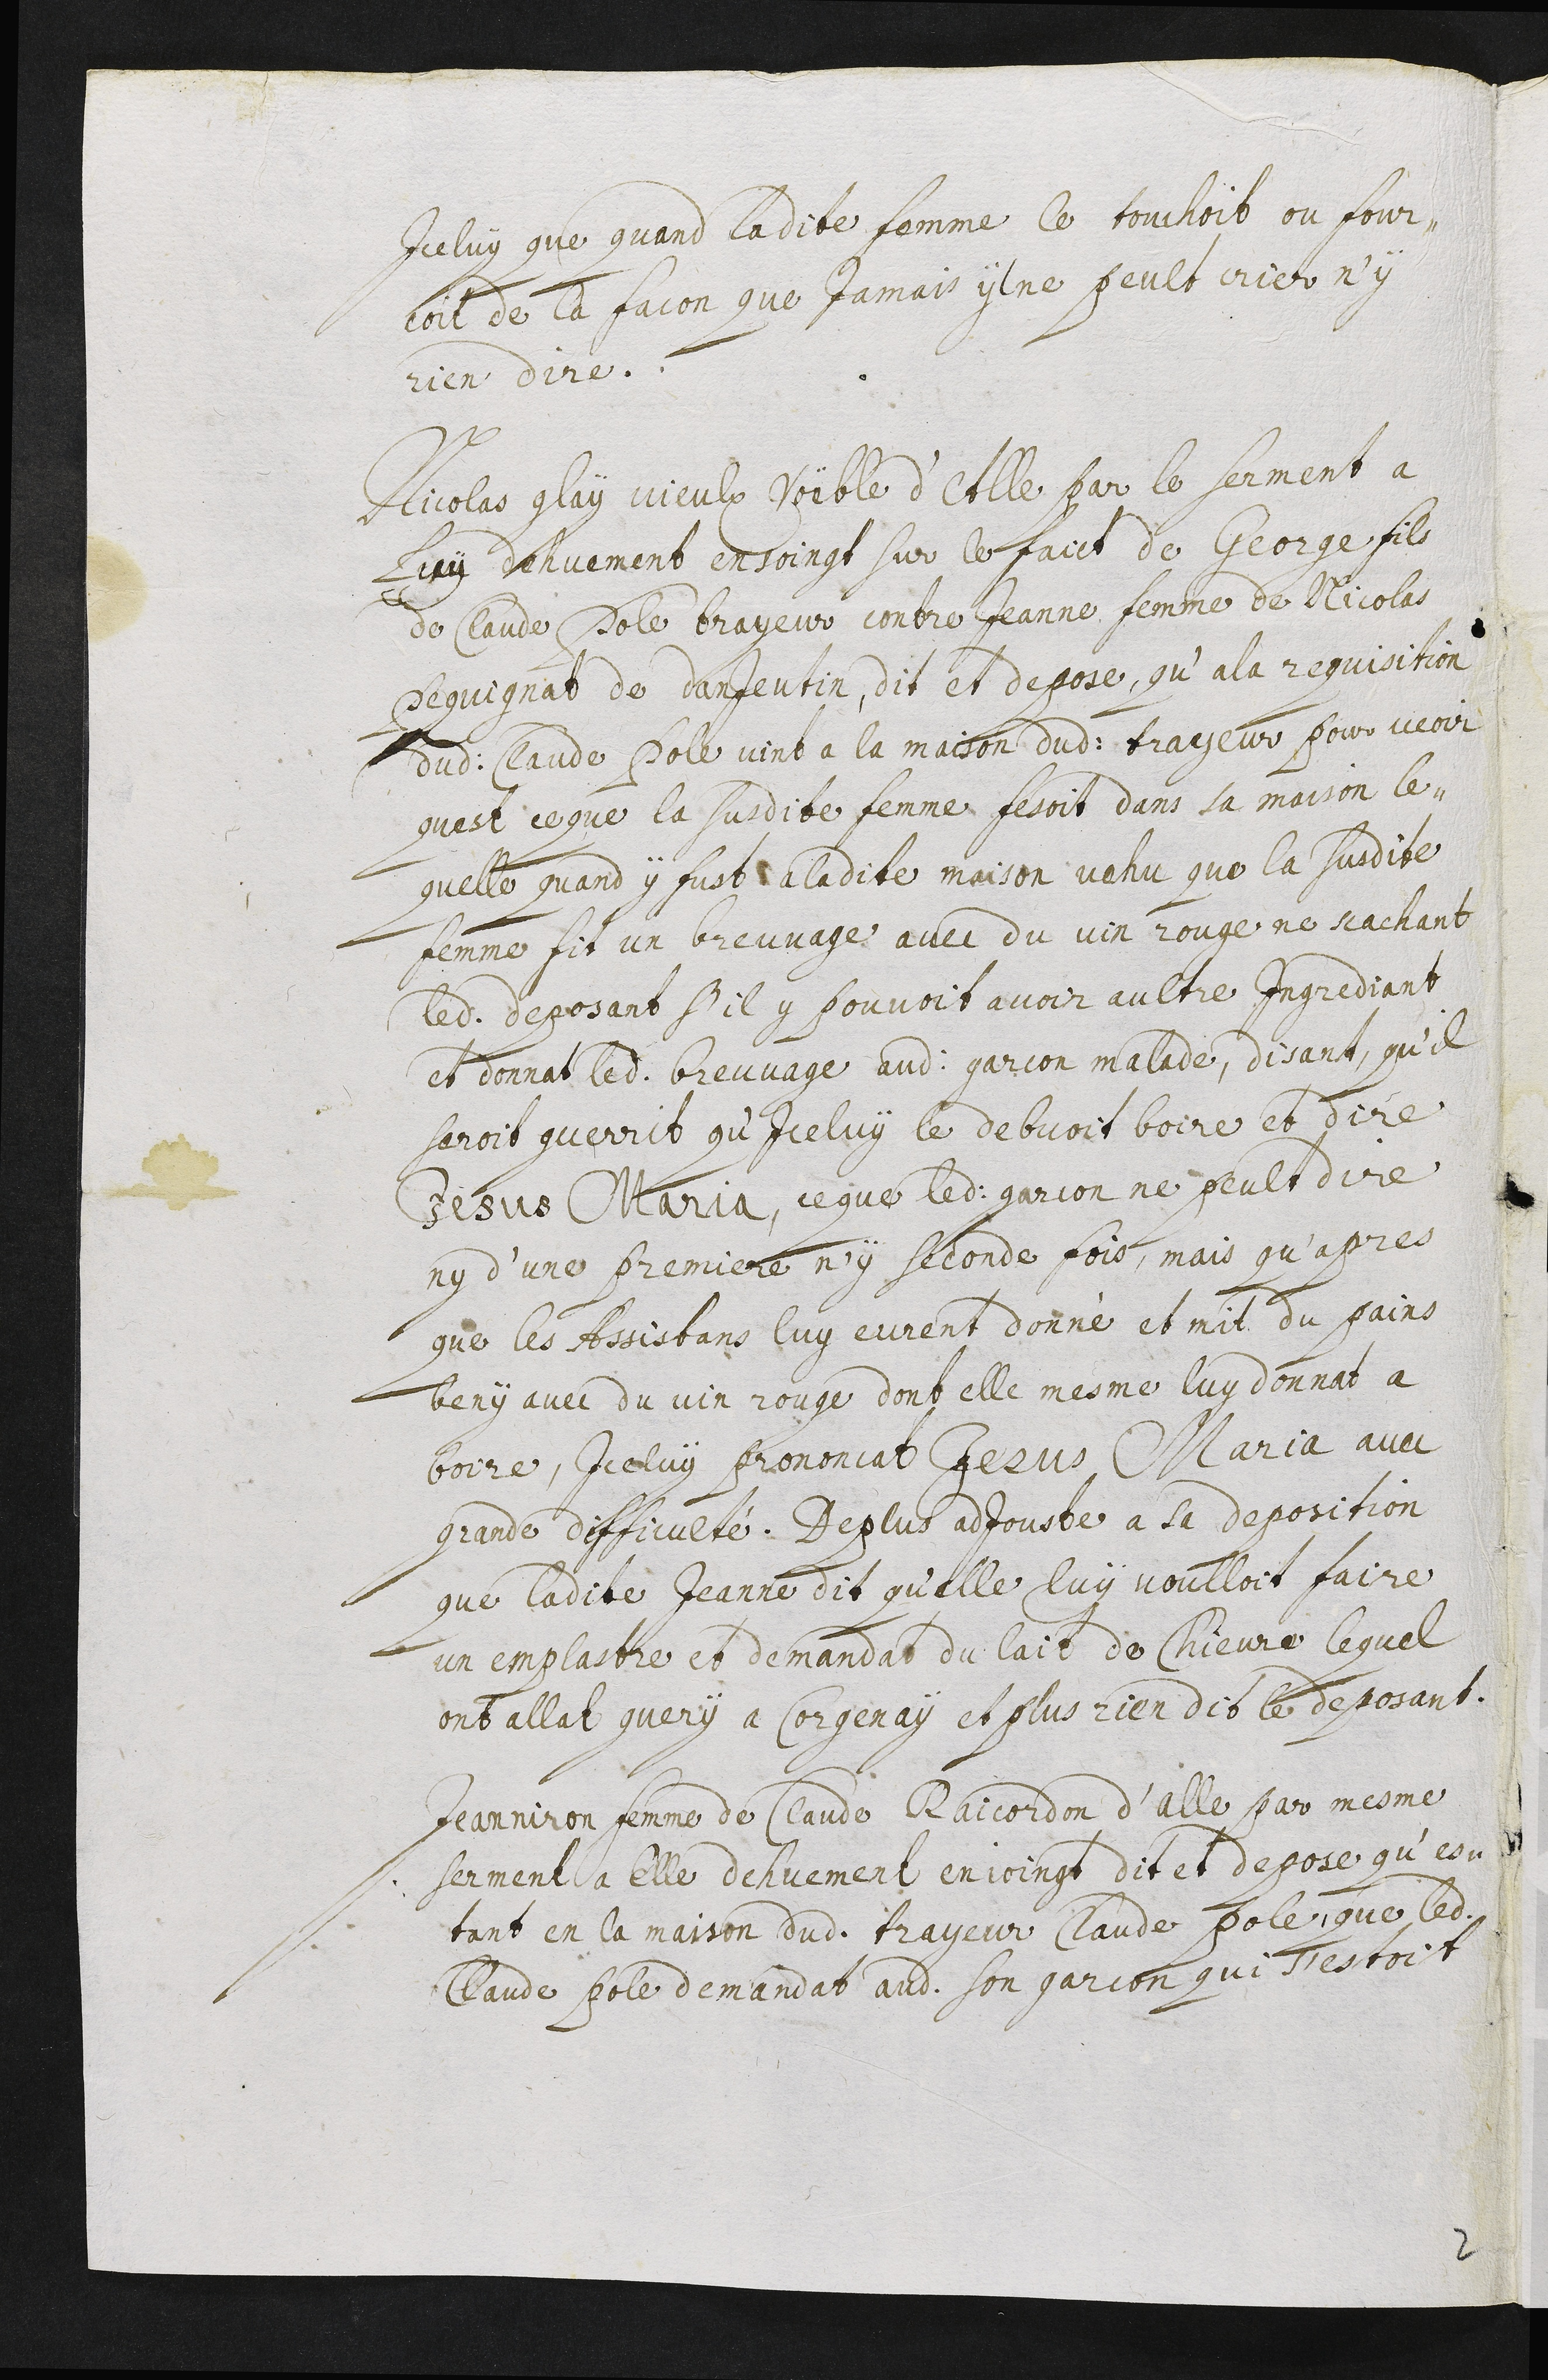
Iceluy que quand ladite femme le touchoit ou four-
coit de la facon que jamais yl ne peult crier n’y
rien dire.
Nicolas Glay vieulx voëble d’Alle par le serment a
luy dehuemet ensoingt sur le faict de George fils
de Claude Pole trayeur contre Jeanne femme de Nicolas
Pequignat de Danjeutin, dit et depose, qu’a la requisition
dudit Claude Pole vint a la maison dudit trayeur pour veoir
qu’est ce que la susdite femme fesoit dans la maison le-
quelle quand y fust a ladite maison vehu que la susdite
femme fit un breuvage avec du vin rouge ne scachant
ledit deposant s’il y pouvoit avoir aultre ingrediant
et donnat ledit breuvage audit garcon malade, disant, qu’il
seroit guerrit qu’iceluy le debvoit boire et dire
Jesus Maria, ce que ledit garcon ne peult dire
ny d’une premiere n’y seconde fois, mais qu’apres
que les assistans luy eurent donné et mit du pains
beny avec du vin rouge dont elle mesme luy donnat a
boire, iceluy prononcat Jesus Maria avec
grande difficulté. De plus adjouste a la deposition
que ladite Jeanne dit qu’elle luy voulloit faire
un emplastre et demandat du lait de chievre lequel
ont allat query a Corgenay et plus rien dit de deposant.
Jeanniron femme de Claude Raicordon d’Alle par mesme
serment a elle dehuement enjoingt dit et depose qu’es-
tant en la maison dudit trayeur Claude Pole que ledit
Claude Pole demandat audit son garcon qui s’estoit